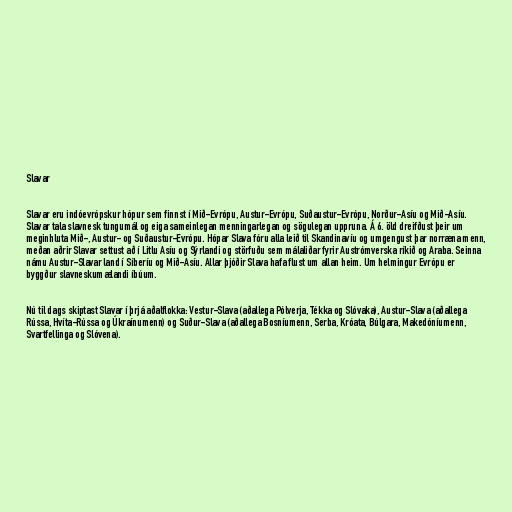
Slavar

Slavar eru indóevrópskur hópur sem finnst í Mið-Evrópu, Austur-Evrópu, Suðaustur-Evrópu, Norður-Asíu og Mið-Asíu.
Slavar tala slavnesk tungumál og eiga sameinlegan menningarlegan og sögulegan uppruna. Á 6. öld dreifðust þeir um
meginhluta Mið-, Austur- og Suðaustur-Evrópu. Hópar Slava fóru alla leið til Skandinavíu og umgengust þar norræna menn,
meðan aðrir Slavar settust að í Litlu Asíu og Sýrlandi og störfuðu sem málaliðar fyrir Austrómverska ríkið og Araba. Seinna
námu Austur-Slavar land í Síberíu og Mið-Asíu. Allar þjóðir Slava hafa flust um allan heim. Um helmingur Evrópu er
byggður slavneskumælandi íbúum.

Nú til dags skiptast Slavar í þrjá aðalflokka: Vestur-Slava (aðallega Pólverja, Tékka og Slóvaka), Austur-Slava (aðallega
Rússa, Hvíta-Rússa og Úkraínumenn) og Suður-Slava (aðallega Bosníumenn, Serba, Króata, Búlgara, Makedóníumenn,
Svartfellinga og Slóvena).